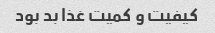
کیفیت و کمیت غذا بد بود